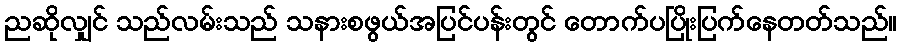
ညဆိုလျှင် သည်လမ်းသည် သနားစဖွယ်အပြင်ပန်းတွင် တောက်ပပြိုးပြက်နေတတ်သည်။